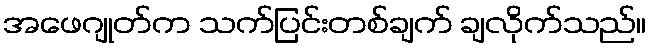
အဖေဂျုတ်က သက်ပြင်းတစ်ချက် ချလိုက်သည်။